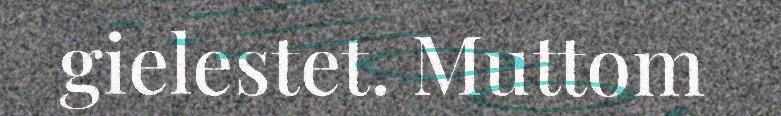
gielestet. Muttom